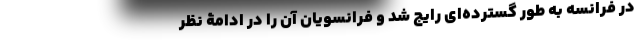
در فرانسه به طور گسترده‌ای رایج شد و فرانسویان آن را در ادامۀ نظر